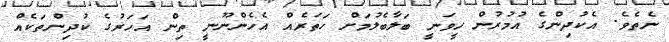
ނެތެވެ. އެކުދިންގެ އުމުރުން ހީވަނީ ބަލާބެލުމަށް ހަތަރެއް އެހެންނޫނީ ތިން އަހަރުގެ ކުދިންތަކެއް